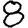
Digit: 8